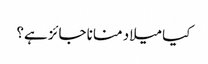
کیا میلاد منانا جائز ہے؟